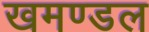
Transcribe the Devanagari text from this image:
खमण्डल